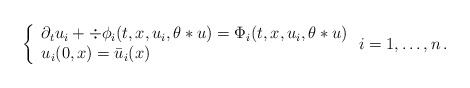
\begin{align*} \left\{ \begin{array}{l} \partial_t u_i + \div \phi_i (t,x,u_i, \theta * u) = \Phi_i (t,x,u_i, \theta*u) \\ u_i (0,x) = \bar u_i (x) \end{array} \right. i= 1, \ldots, n \,.\end{align*}